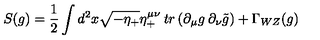
S ( g ) = { \frac { 1 } { 2 } } \int d ^ { 2 } x \sqrt { - \eta _ { + } } \eta _ { + } ^ { \mu \nu } \: t r \left( \partial _ { \mu } g \: \partial _ { \nu } \tilde { g } \right) + \Gamma _ { W Z } ( g )